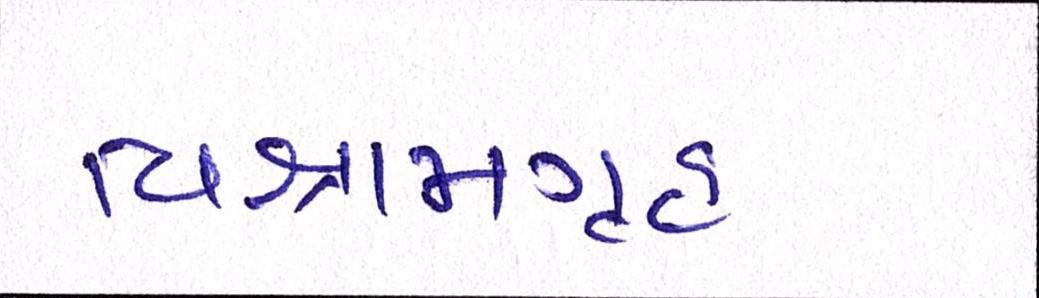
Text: વિશ્રામગૃહ